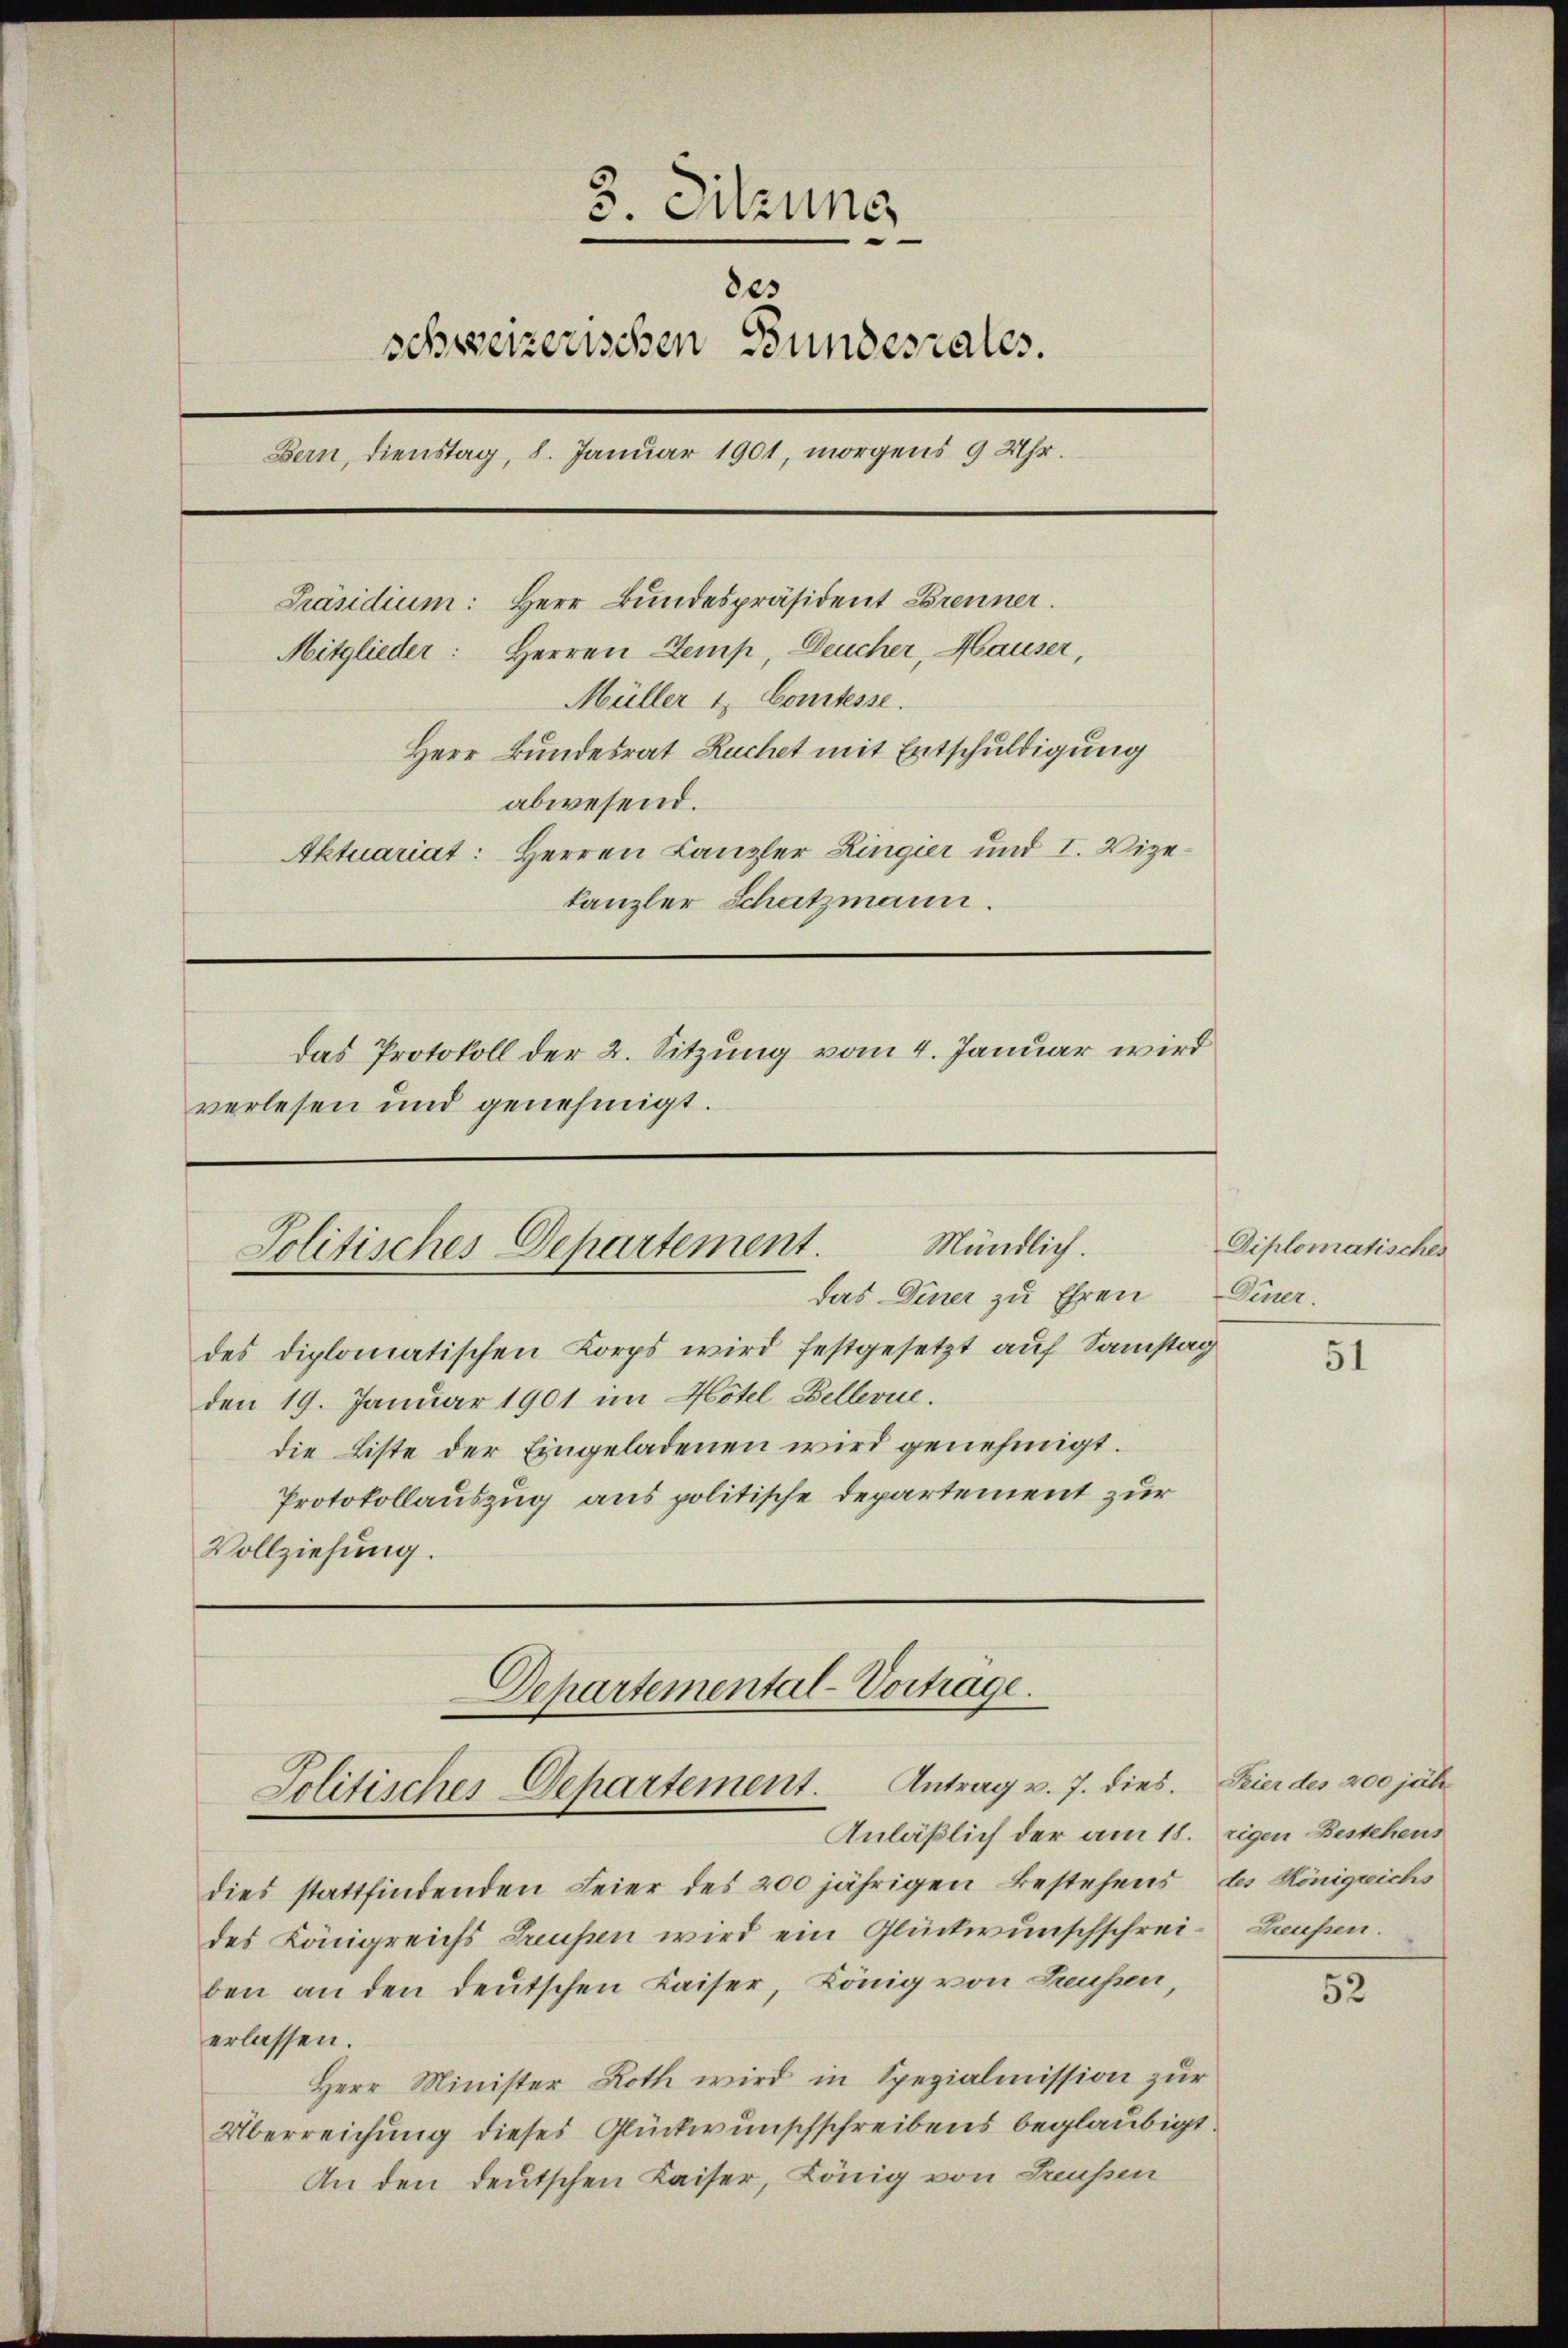
3. Sitzung
des
schweizerischen Bundesrates.
Bern, Dienstag, 8. Januar 1901, morgens 9 Uhr.
Präsidium: Herr Bundespräsident Brenner
Mitglieder: Herren Stemp, Deucher, Hauser,
Müller 1, Constesse.
Herr Bundesrat Ruchet mit Entschuldigung
abwesend.
Aktuariat: Herren Canzler Ringier und I. Vizekanzler Schutzmann.
Das Protokoll der 2. Sitzung vom 4. Januar wird
verlesen und genehmigt.

des diplomatischen Korps wird festgesetzt auf Samstag
den 19. Januar 1901 im Hotel Bellerie.
die Liste der Eingeladenen wird genehmigt.
Protokollauszug aus politische Departement zur
Vollziehung.

Anläßlich der am 18. eigen Bestehens
dies stattfindenden Feier des 200 jährigen Bestehens des Königreichs
des Königreichs Grusen wird ein Glückwunschschreiben an den deutschen Kaiser, König von Hausen,
erlassen.
Herr Minister Roth wird in Spezialmission zur
Überreichung dieses Glückwunschschreibens beglaubigt.
An den deutschen Kaiser, König von Greußen

Mündlich.
Jolitisches Departement.
das Diner zu Ehren

Departemental-Vorträge.
Politisches Departement. Antrag v. 7. dies. Feier des 200 jäh¬

Diplomatisches
Diner.

51

Treussen.

52